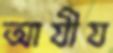
আযীয